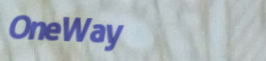
OneWay